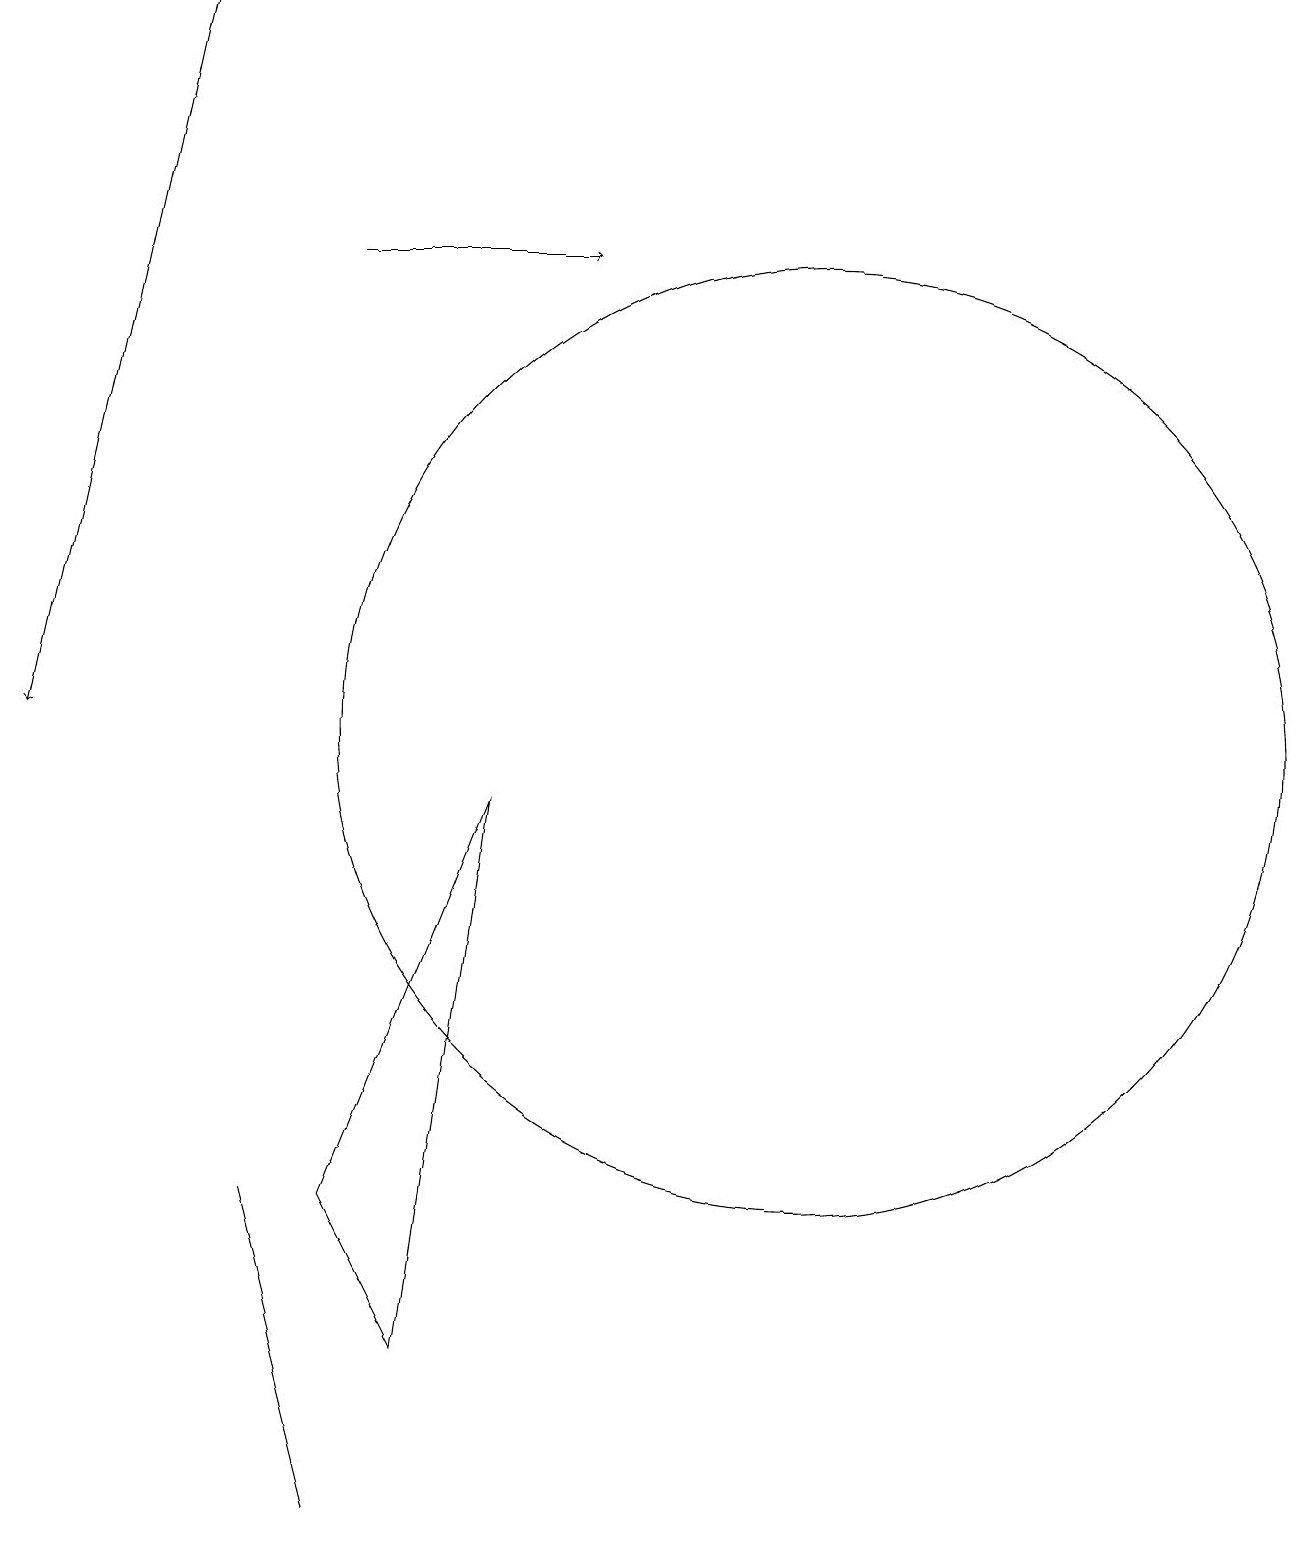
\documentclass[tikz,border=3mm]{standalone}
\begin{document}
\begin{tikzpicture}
\draw (4,0) -- (4,0) -- (3,4) -- cycle;
\draw[->] (2,19) -- (0,10);
\draw[->] (4,16) -- (7,16);
\draw (10,10) circle (6);
\draw (4,4) -- (6,9) -- (5,2) -- cycle;
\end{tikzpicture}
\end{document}